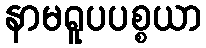
နာမရူပပစ္စယာ